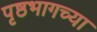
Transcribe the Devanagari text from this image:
पृष्ठभागच्या